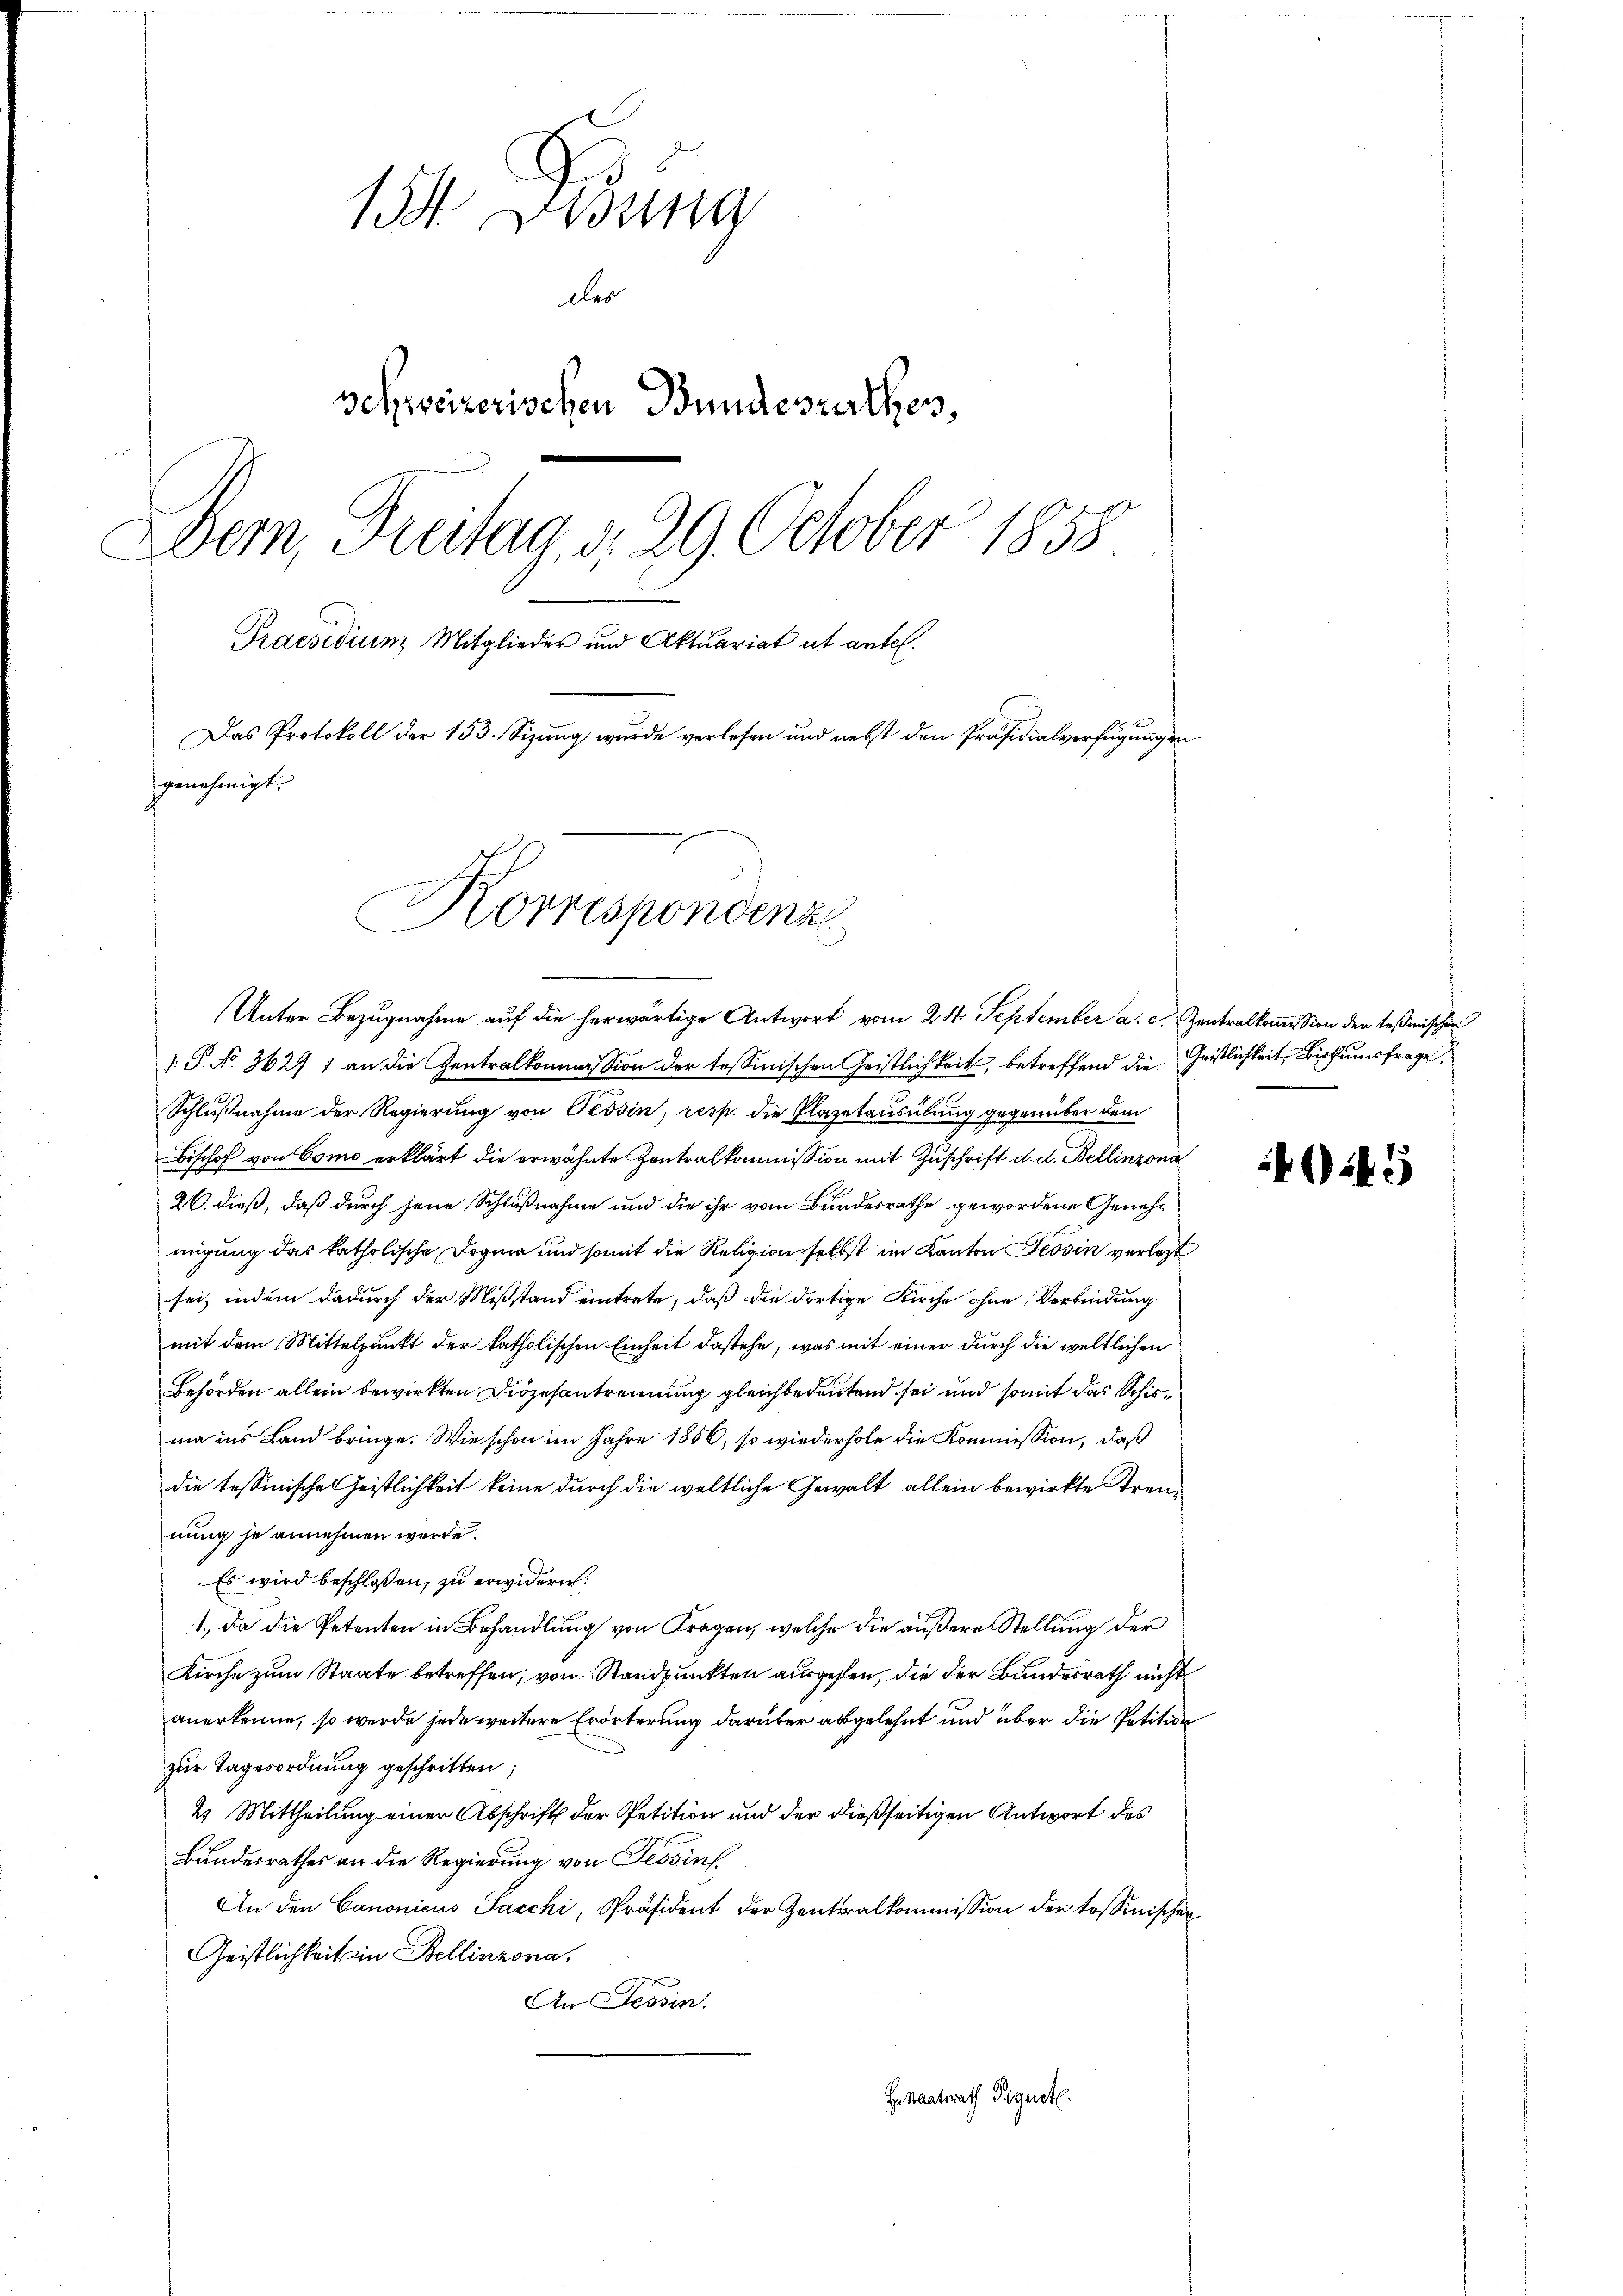
154 Dedung
des
schweizerischen Bundesrathes,
Dem, Freitag, d. 29. October 1858
Praesidium Mitglieder und Aktuariat ut antel.
Das Protokoll der 153. Sizung wurde verlesen und nebst den Präsidialverfügung de
genehmigt.
Korrespondenz

. P. No. 3629 1 an die Zentralkommission der tessinischen Geistlichkeit, betreffend die Geistlichkeit, Bisthumsfrage
Schlußnahme der Regierung von Tessin, resp. die Plazetausübung gegenüber dem
Bischof von Como erklärt die erwähnte Zentralkommission mit Zuschrift d. d. Bellinzona
26. dieß, daß durch jene Schlußnahme und die ihr vom Bundesrathe gewordene Genehmigung das katholische Dogma und somit die Religion selbst im Kanton Tessin verlegt
sei, indem dadurch der Mißstand eintrete, daß die dortige Kirche ohne Verbindung
mit dem Mittelpunkt der katholischen Einheit dastehe, was mit einer durch die weltlichen
Behörden allein bewirkten Diözesantrennung gleichbedeutend sei und somit das Schiema ins Land bringe. Wie schon im Jahre 1856, so wiederhole die Kommission, daß
die tessinischen Geistlichkeit keine durch die weltliche Gewalt allein bewirkte Trennung je annehmen werde.
Es wird beschlossen, zu erwidern.
1., da die Petenten in Behandlung von Fragen, welche die äußere Stellung der
Kirche zum Staate betreffen, von Standpunkten ausgehen, die der Bundesrath nicht
anerkenne, so werde jede weitere Erörterung darüber abgelehnt und über die Petition
zur Tagesordnung geschritten;
2. Mittheilung einer Abschrift der Petition und der dießseitigen Antwort des
Bundesrathes an die Regierung von Tessins
An den Canonicus Sacchi, Präsident der Zentralkommission der tessinischen
Geistlichkeit in Bellinzona,
An Tessin.
Hestaatsrath Pignet.

Unter Bezugnahme auf die herwärtige Antwort vom 24. September a. c. Zentralkommission der teßischen

45